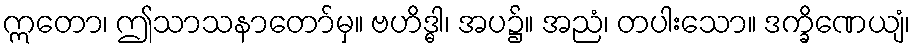
ဣတော၊ ဤသာသနာတော်မှ။ ဗဟိဒ္ဓါ၊ အပ၌။ အညံ၊ တပါးသော။ ဒက္ခိဏေယျံ၊